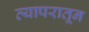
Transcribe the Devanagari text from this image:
व्यापरातून